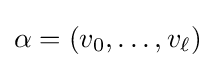
\alpha =(v_{0},\ldots ,v_{\ell })